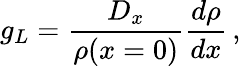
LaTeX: g_{L}=\frac{D_{x}}{\rho(x=0)}\frac{d\rho}{dx}\, ,